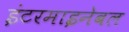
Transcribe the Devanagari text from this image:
इंटरमाइनेबल